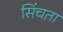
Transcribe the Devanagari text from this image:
सिंचता